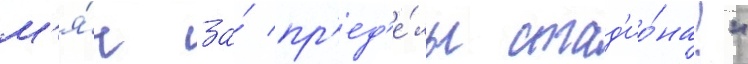
м'я́ч за́ пр'ед'е́лы стад'ио́на!"